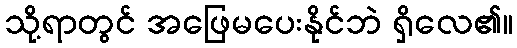
သို့ရာတွင် အဖြေမပေးနိုင်ဘဲ ရှိလေ၏။